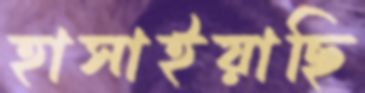
হাসাইয়াছি